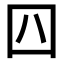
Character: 𡆦